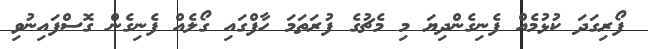
ފޯރިގަދަ ކުޅުމެއް ފެނިގެންދިޔަ މި މެޗުގެ ފުރަތަމަ ހާފްގައި ގޯލެއް ފެނިގެން ގޮސްފައިނުވި